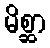
မိစ္ဆာ